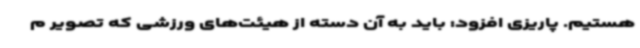
هستیم. پاریزی افزود: باید به آن دسته از هیئت‌های ورزشی که تصویر م